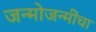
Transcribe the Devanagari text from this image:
जन्मोजन्मींचा